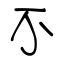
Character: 不